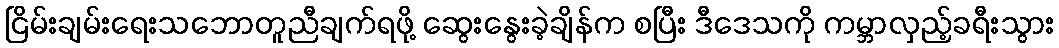
ငြိမ်းချမ်းရေးသဘောတူညီချက်ရဖို့ ဆွေးနွေးခဲ့ချိန်က စပြီး ဒီဒေသကို ကမ္ဘာလှည့်ခရီးသွား